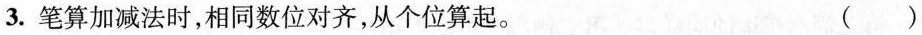
3.笔算加减法时，相同数位对齐，从个位算起。 ( )